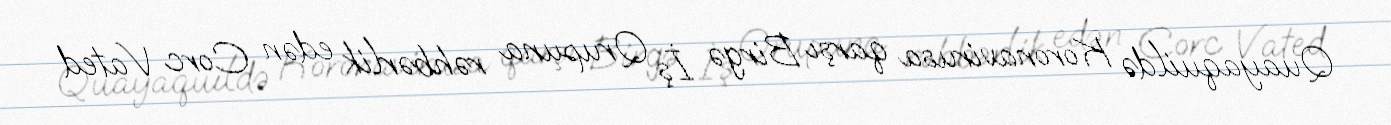
Quayaquildə Koronavirusa qarşı Birgə İş Qrupuna rəhbərlik edən Corc Vated